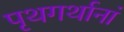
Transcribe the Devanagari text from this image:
पृथगर्थानां